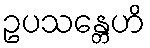
ဥပသန္တေဟိ